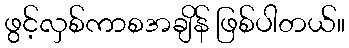
ဖွင့်လှစ်ကာစအချိန် ဖြစ်ပါတယ်။